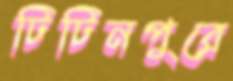
টিটিনপুরে